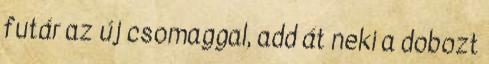
futár az új csomaggal, add át neki a dobozt